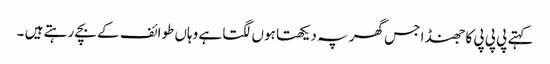
کہتے پی پی پی کا جھنڈا جس گھر پہ دیکھتا ہوں لگتا ہے وہاں طوائف کے بچے رہتے ہیں ۔